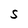
Character: S